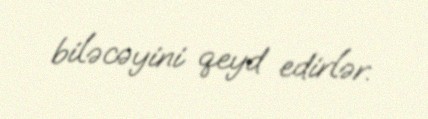
biləcəyini qeyd edirlər.